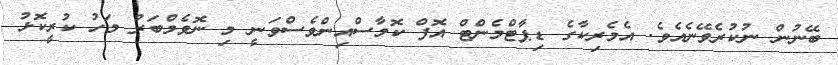
ބޭނުން ނުކުރެވޭނެއެވެ. އެމެރިކާގެ ޑިޕާޓްމެންޓް އޮފް ކޮމާސްއިންވެސްވަނީ މި ނޮވެމްބަރު މަހު ކުރީކޮޅު